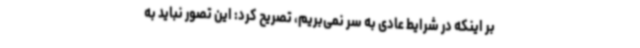
بر اینکه در شرایط عادی به سر نمی‌بریم، تصریح کرد: این تصور نباید به